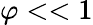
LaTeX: \varphi<<1